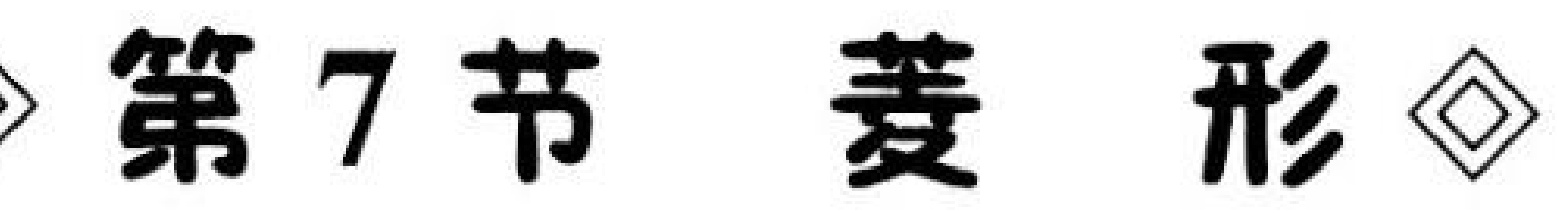
> 第7节 菱 形 $\lozenge$